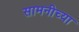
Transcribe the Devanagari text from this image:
सामनीच्या